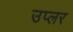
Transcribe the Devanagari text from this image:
उप्लर